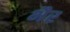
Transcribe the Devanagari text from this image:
भैर